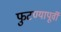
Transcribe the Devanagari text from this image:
फुटण्यापूर्वी